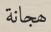
ھجانة